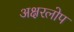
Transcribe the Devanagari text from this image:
अक्षरलोप